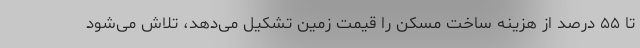
تا ۵۵ درصد از هزینه ساخت مسکن را قیمت زمین تشکیل می‌دهد، تلاش می‌شود